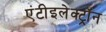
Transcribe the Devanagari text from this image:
एंटीइलेक्ट्रॉन